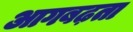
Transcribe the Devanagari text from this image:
आगबढ़ता